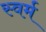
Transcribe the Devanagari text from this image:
स्वर्म